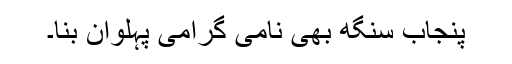
پنجاب سنگھ بھی نامی گرامی پہلوان بنا۔